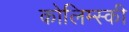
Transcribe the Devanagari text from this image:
कोलिम्स्की